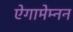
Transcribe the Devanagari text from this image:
ऐगामेम्नन